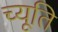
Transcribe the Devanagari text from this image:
च्यूति